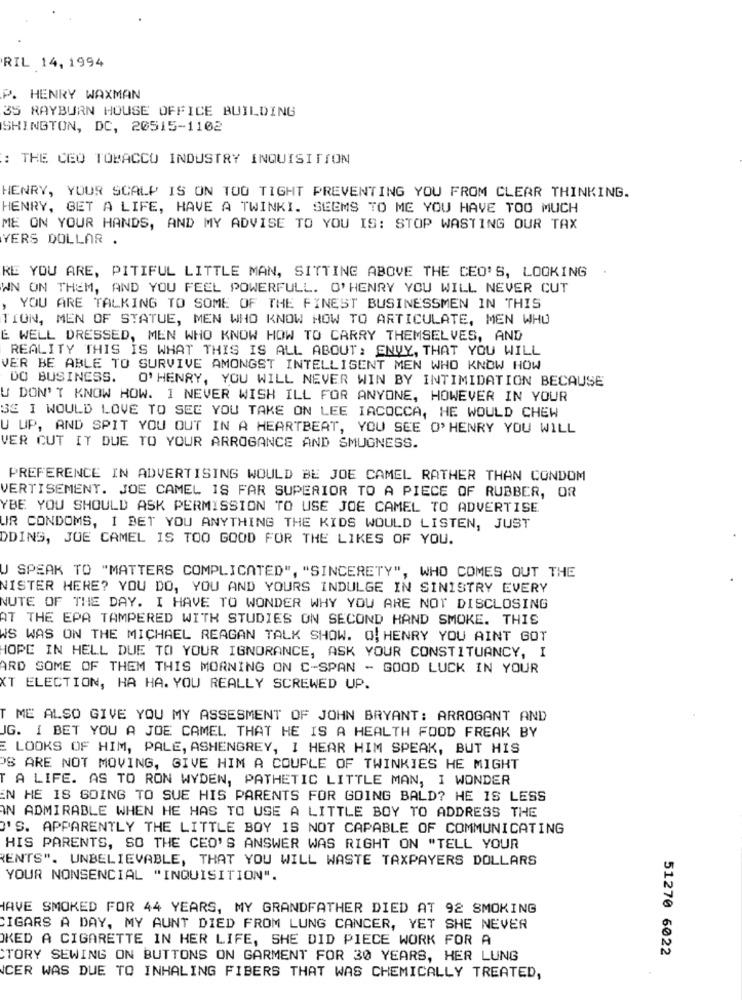
RIL 14, 1994
P. HENRY WAXMAN
35 RAYBURN HOUSE OFFICE BUILDING
SHINGTON, DC, 20515-1102
: THE CEO TOBACCO INDUSTRY INQUISITION
HENRY, YOUR SCALP IS ON TOO TIGHT PREVENTING YOU FROM CLEAR THINKING.
HENRY, GET A LIFE, HAVE A TWINKI. SEEMS TO ME YOU HAVE TOO MUCH
ME ON YOUR HANDS, AND MY ADVISE TO YOU IS: STOP WASTING OUR TAX
YERS DOLLAR .
RE YOU ARE, PITIFUL LITTLE MAN, SITTING ABOVE THE CEO'S, LOOKING
WN ON THEM, AND YOU FEEL POWERFULL. O'HENRY YOU WILL NEVER CUT
YOU ARE TALKING TO SOME OF THE FINEST BUSINESSMEN IN THIS
TION, MEN OF STATUE, MEN WHO KNOW HOW TO ARTICULATE, MEN WHO
E WELL DRESSED, MEN WHO KNOW HOW TO CARRY THEMSELVES, AND
REALITY THIS IS WHAT THIS IS ALL ABOUT: ENVY, THAT YOU WILL
VER BE ABLE TO SURVIVE AMONGST INTELLIGENT MEN WHO KNOW HOW
DO BUSINESS. O'HENRY, YOU WILL NEVER WIN BY INTIMIDATION BECAUSE
U DON'T KNOW HOW. I NEVER WISH ILL FOR ANYONE, HOWEVER IN YOUR
3E I WOULD LOVE TO SEE YOU TAKE ON LEE IACOCCA, HE WOULD CHEW
U UP, AND SPIT YOU OUT IN A HEARTBEAT, YOU SEE O'HENRY YOU WILL
VER CUT IT DUE TO YOUR ARROGANCE AND SMUGNESS.
PREFERENCE IN ADVERTISING WOULD BE JOE CAMEL RATHER THAN CONDOM
VERTISEMENT. JOE CAMEL IS FAR SUPERIOR TO A PIECE OF RUBBER, OR
YBE YOU SHOULD ASK PERMISSION TO USE JOE CAMEL TO ADVERTISE
UR CONDOMS, I BET YOU ANYTHING THE KIDS WOULD LISTEN, JUST
DDING, JOE CAMEL IS TOO GOOD FOR THE LIKES OF YOU.
J SPEAK TO "MATTERS COMPLICATED", "SINCERETY", WHO COMES OUT THE
NISTER HERE? YOU DO, YOU AND YOURS INDULGE IN SINISTRY EVERY
NUTE OF THE DAY. I HAVE TO WONDER WHY YOU ARE NOT DISCLOSING
AT THE EPA TAMPERED WITH STUDIES ON SECOND HAND SMOKE. THIS
WS WAS ON THE MICHAEL REAGAN TALK SHOW. O. HENRY YOU AINT GOT
HOPE IN HELL DUE TO YOUR IGNORANCE, ASK YOUR CONSTITUANCY, I
ARD SOME OF THEM THIS MORNING ON C-SPAN - GOOD LUCK IN YOUR
XT ELECTION, HA HA. YOU REALLY SCREWED UP.
T ME ALSO GIVE YOU MY ASSESMENT OF JOHN BRYANT: ARROGANT AND
G. I BET YOU A JOE CAMEL THAT HE IS A HEALTH FOOD FREAK BY
E LOOKS OF HIM, PALE, ASHENGREY, 1 HEAR HIM SPEAK, BUT HIS
OS ARE NOT MOVING, GIVE HIM A COUPLE OF TWINKIES HE MIGHT
T A LIFE. AS TO RON WYDEN, PATHETIC LITTLE MAN, I WONDER
EN HE IS GOING TO SUE HIS PARENTS FOR GOING BALD? HE IS LESS
IN ADMIRABLE WHEN HE HAS TO USE A LITTLE BOY TO ADDRESS THE
'S. APPARENTLY THE LITTLE BOY IS NOT CAPABLE OF COMMUNICATING
HIS PARENTS, SO THE CEO'S ANSWER WAS RIGHT ON "TELL YOUR
ENTS". UNBELIEVABLE, THAT YOU WILL WASTE TAXPAYERS DOLLARS
YOUR NONSENCIAL "INQUISITION".
HAVE SMOKED FOR 44 YEARS, MY GRANDFATHER DIED AT 92 SMOKING
CIGARS A DAY, MY AUNT DIED FROM LUNG CANCER, YET SHE NEVER
KED A CIGARETTE IN HER LIFE, SHE DID PIECE WORK FOR A
CTORY SEWING ON BUTTONS ON GARMENT FOR 30 YEARS, HER LUNG
51270 6022
CER WAS DUE TO INHALING FIBERS THAT WAS CHEMICALLY TREATED,